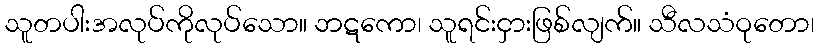
သူတပါးအလုပ်ကိုလုပ်သော။ ဘဋကော၊ သူရင်းငှားဖြစ်လျက်။ သီလသံဝုတော၊